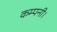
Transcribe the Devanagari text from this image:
कम्पनी।